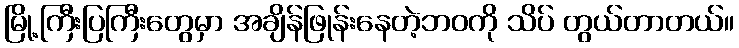
မြို့ကြီးပြကြီးတွေမှာ အချိန်ဖြုန်းနေတဲ့ဘဝကို သိပ် တွယ်တာတယ်။